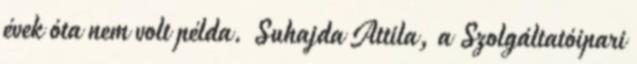
évek óta nem volt példa. Suhajda Attila, a Szolgáltatóipari